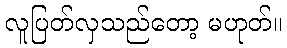
လူပြတ်လှသည်တော့ မဟုတ်။